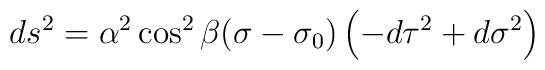
ds^{2} = \alpha^{2}\cos^{2} \beta (\sigma - \sigma_{0}) \left ( -d\tau^{2}+ d\sigma^{2} \right )